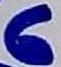
Text: 6